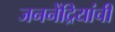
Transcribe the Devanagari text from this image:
जननेंद्रियांची